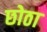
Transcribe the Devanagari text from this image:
छोठा